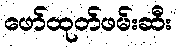
ဖော်ထုတ်ဖမ်းဆီး